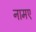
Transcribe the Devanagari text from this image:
नामए